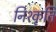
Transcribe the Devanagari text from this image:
निश्कृति